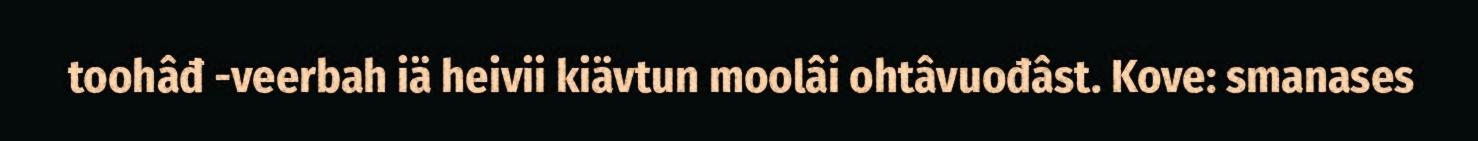
toohâđ -veerbah iä heivii kiävtun moolâi ohtâvuođâst. Kove: smanases